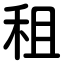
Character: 租